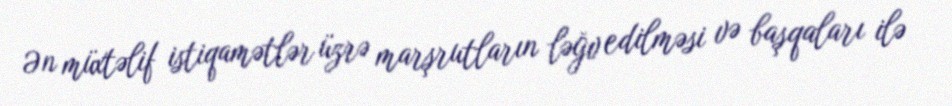
Ən müxtəlif istiqamətlər üzrə marşrutların ləğv edilməsi və başqaları ilə